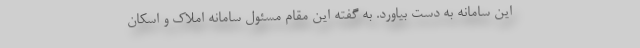
این سامانه به دست بیاورد. به گفته این مقام مسئول سامانه املاک و اسکان